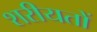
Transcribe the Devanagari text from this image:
शरीयतों